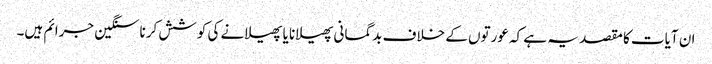
ان آیات کا مقصد یہ ہے کہ عورتوں کے خلاف بدگمانی پھیلانا یا پھیلانے کی کوشش کرنا سنگین جرائم ہیں۔